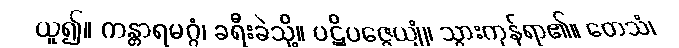
ယူ၍။ ကန္တာရမဂ္ဂံ၊ ခရီးခဲသို့။ ပဋိပဇ္ဇေယျုံ၊ သွားကုန်ရာ၏။ တေသံ၊